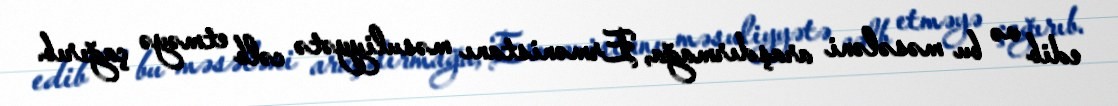
edib və bu məsələni araşdırmağa, Ermənistanı məsuliyyətə cəlb etməyə çağırıb.